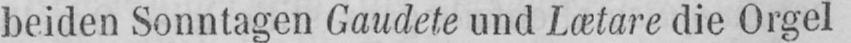
beiden Sonntagen Gaudete und Lætare die Orgel